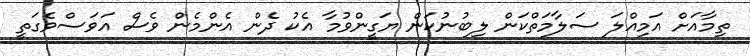
ތިމާއަށް އަމިއްލަ ސަލާމަތްކަން ލިބުނުކަން ޔަގީންވުމާ އެކު ދެން އެންމެން ވެސް އަވަސްވެގަތީ